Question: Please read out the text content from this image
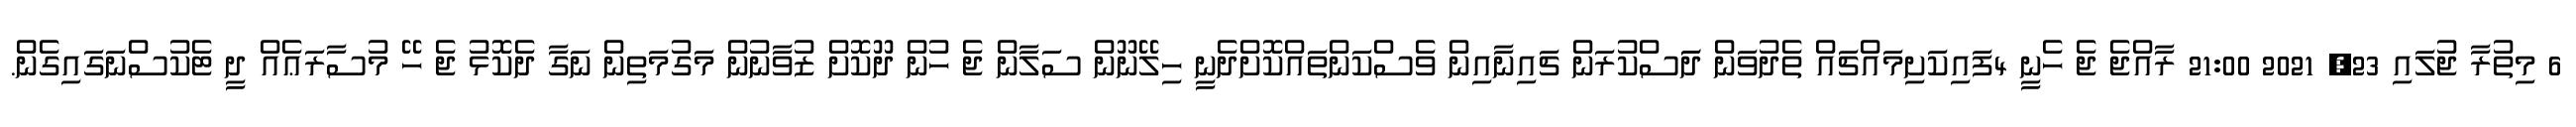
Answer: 6 މިތުރާ ޖުލައި 23, 2021 21:00 ރާއްޖެ ޖެ ހެނީ 4ފައިކަށިމައްޗައް ތެދުވަން ދަަސްކުރަން ޗައިނާއިން ވެސްކަންތައްކޮށްދެނީ ހިލޭނޫން ސަލާން ޖެ ހުން ދޫކޮށް ޒުވާނުން މަގުމަތިން ނަގާ ދެކޮޅު ޖެ ހޭ މުސާރަޢެއް ދީ ޓެކުސްނަގައިގެން.